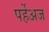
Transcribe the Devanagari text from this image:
पर्हेअज